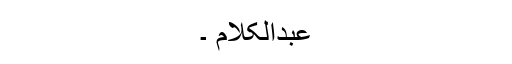
عبدالکلام ۔